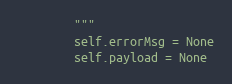
Language: Python
        """
        self.errorMsg = None
        self.payload = None